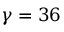
\gamma = 3 6